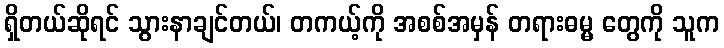
ရှိတယ်ဆိုရင် သွားနာချင်တယ်၊ တကယ့်ကို အစစ်အမှန် တရားဓမ္မ တွေကို သူက